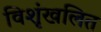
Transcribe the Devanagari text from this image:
विशृंखलित